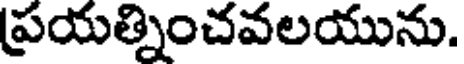
ప్రయత్నించవలయును.